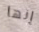
إنها